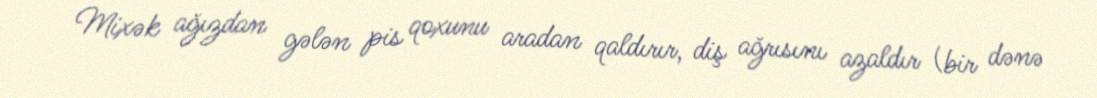
Mixək ağızdan gələn pis qoxunu aradan qaldırır, diş ağrısını azaldır (bir dənə